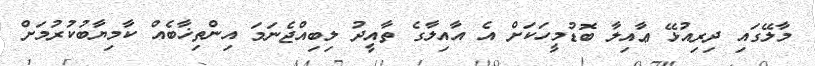
މާލޭގައި ދިރިއުޅޭ ޢާއިލާ ބޮޑުމީހަކަށް އެ އާއިލާގެ ތާއީދު ލިބިއްޖެނަމަ އިންތިޚާބެއް ކާމިޔާބުކުރުމަށް